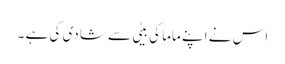
اس نے اپنے ماما کی بیٹی سے شادی کی ہے ۔